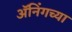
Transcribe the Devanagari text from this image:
ॲनिंगच्या